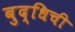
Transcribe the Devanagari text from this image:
बुद्धिची